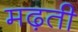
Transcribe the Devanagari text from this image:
मढ़ती